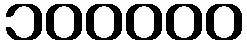
၁၀၀၀၀၀